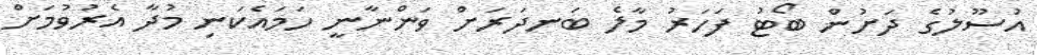
އުސޫލުގެ ދަށުން ބޯޓު ފަހަރު މާލެ ބަނދަރަށް ވަންނާނީ ހަމައެކަނި މުދާ އެރުވުމަށް